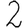
Digit: 2